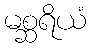
မစ္ဆရိယံ